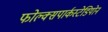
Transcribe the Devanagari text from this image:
फोल्क्सपार्कस्टेडियोन